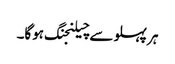
ہر پہلو سے چیلنجنگ ہوگا۔